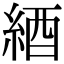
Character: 綇